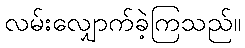
လမ်းလျှောက်ခဲ့ကြသည်။